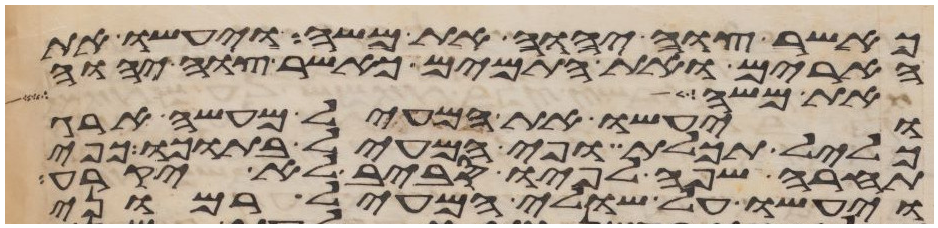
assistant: כאשר צוה יהוה את משה ויעשו את
הארים ואת התמים כאשר צוה יהוה
את משה כן עשו בני
ויעשו את המעיל מעשה ארג
כליל תכלת ופי המעיל בתוכו כפי
תחרה שפה לפיו סביב לא יקרע
ויעשו על שולי המעיל רמוני